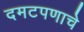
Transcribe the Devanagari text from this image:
दमटपणाचे